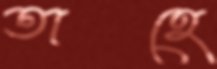
তাহে